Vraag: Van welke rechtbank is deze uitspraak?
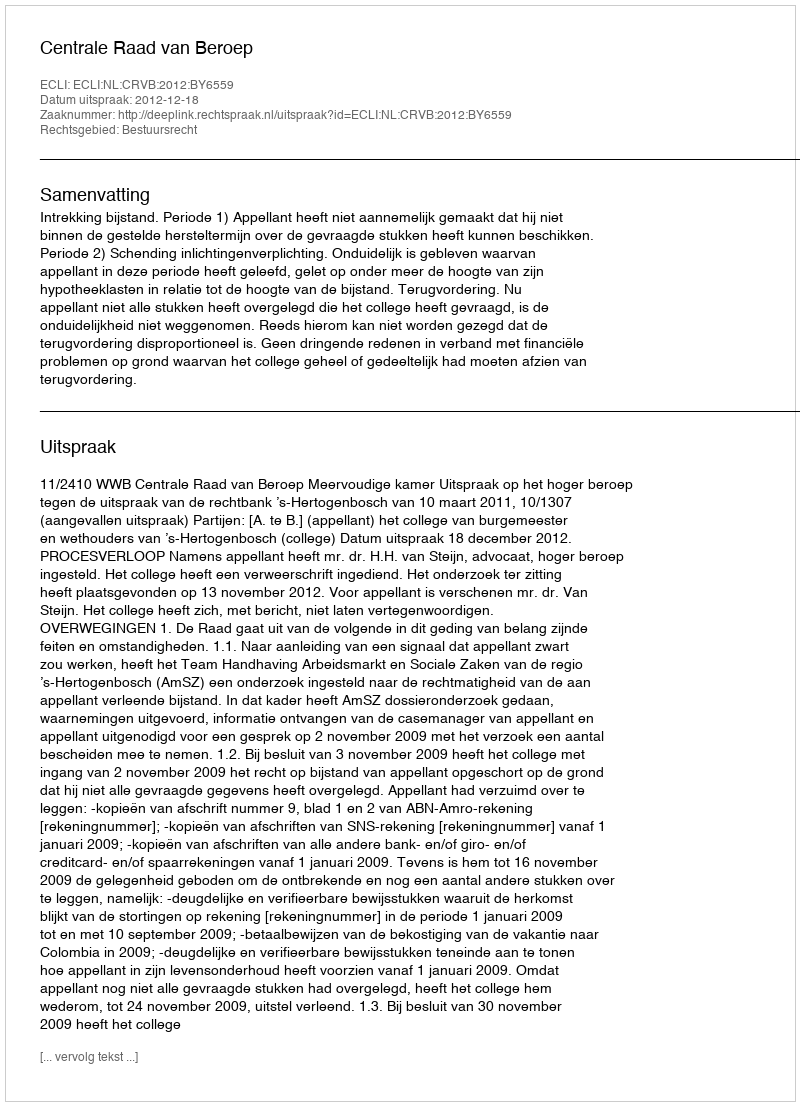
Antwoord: Centrale Raad van Beroep